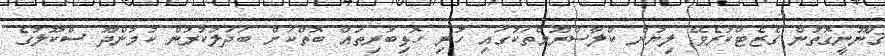
ޤާނޫނީގޮތުން ގެޒެޓްކުރެވޭ ލިޔުން ކްލާސްރޫމްތަކުގައި ހުރި ހޮޅިބުރިތައް ބޮތްކަށް ބަދަލުކުރުން ކުމުންދޫ ސްކޫލުގެ